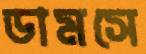
ডামসে